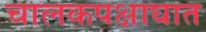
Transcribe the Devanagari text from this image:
चालकपक्षाघात